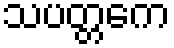
သပတ္တကေ